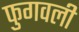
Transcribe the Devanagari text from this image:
फुगवली